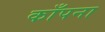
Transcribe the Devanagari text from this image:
काँपना